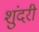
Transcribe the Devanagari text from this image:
शुंदरी